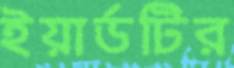
ইয়ার্ডটির